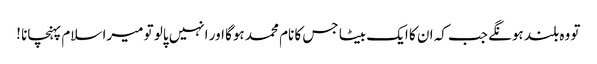
تو وہ بلند ہونگے جب کہ ان کا ایک بیٹا جس کا نام محمد ہوگا اور انہیں پالو تو میرا سلام پہنچانا !